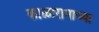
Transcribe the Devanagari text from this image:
काळारामाच्या